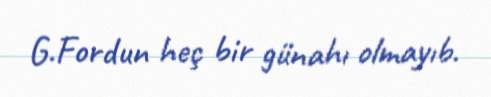
G.Fordun heç bir günahı olmayıb.